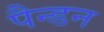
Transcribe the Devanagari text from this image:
पैन्डन